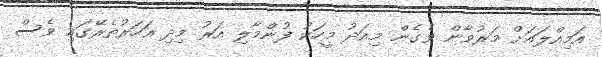
އަމިއްލައަށް މަރުވާން ވެގެން މިއަދު މީހަކު ފުންމާލި އަރު މިދި އަހަރުތެރޭގައި ވެސް